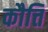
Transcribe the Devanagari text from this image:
कौत्ति